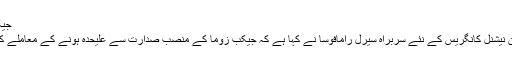
جیکب زوما کا معاملہ دیکھ لیا جائے گا، رامافوسا
جنوبی افریقہ کی حکمران سیاسی جماعت افریقن نیشنل کانگریس کے نئے سربراہ سیرل رامافوسا نے کہا ہے کہ جیکب زوما کے منصب صدارت سے علیحدہ ہونے کے معاملے کو پارٹی پالیسی کی روشنی میں دیکھا جائے گا۔